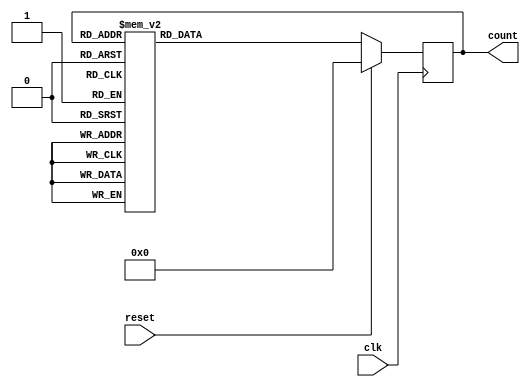
module GrayCounter (
    input clk,
    input reset,
    output reg [3:0] count
);

reg [3:0] next_count;

always @(posedge clk) begin
    if (reset) begin
        count <= 4'b0000;
    end else begin
        count <= next_count;
    end
end

always @(*) begin
    case (count)
        4'b0000: next_count = 4'b0001;
        4'b0001: next_count = 4'b0011;
        4'b0011: next_count = 4'b0010;
        4'b0010: next_count = 4'b0110;
        4'b0110: next_count = 4'b0111;
        4'b0111: next_count = 4'b0101;
        4'b0101: next_count = 4'b0100;
        4'b0100: next_count = 4'b1100;
        4'b1100: next_count = 4'b1101;
        4'b1101: next_count = 4'b1111;
        4'b1111: next_count = 4'b1110;
        4'b1110: next_count = 4'b1010;
        4'b1010: next_count = 4'b1011;
        4'b1011: next_count = 4'b1001;
        4'b1001: next_count = 4'b1000;
        4'b1000: next_count = 4'b0000;
        default: next_count = 4'b0000;
    endcase
end

endmodule